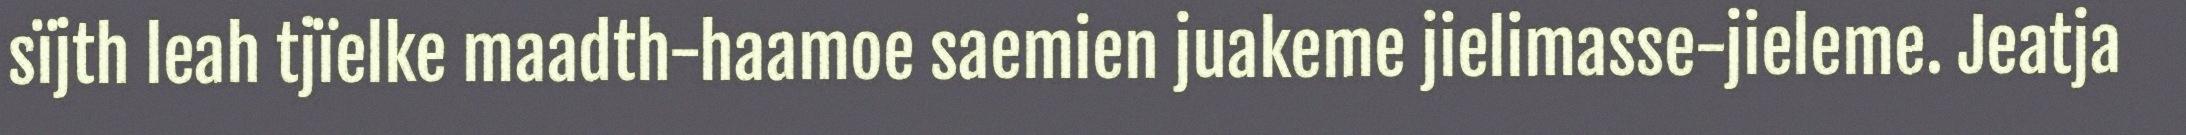
sïjth leah tjïelke maadth-haamoe saemien juakeme jielimasse-jieleme. Jeatja